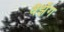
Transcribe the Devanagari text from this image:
वैझॅग